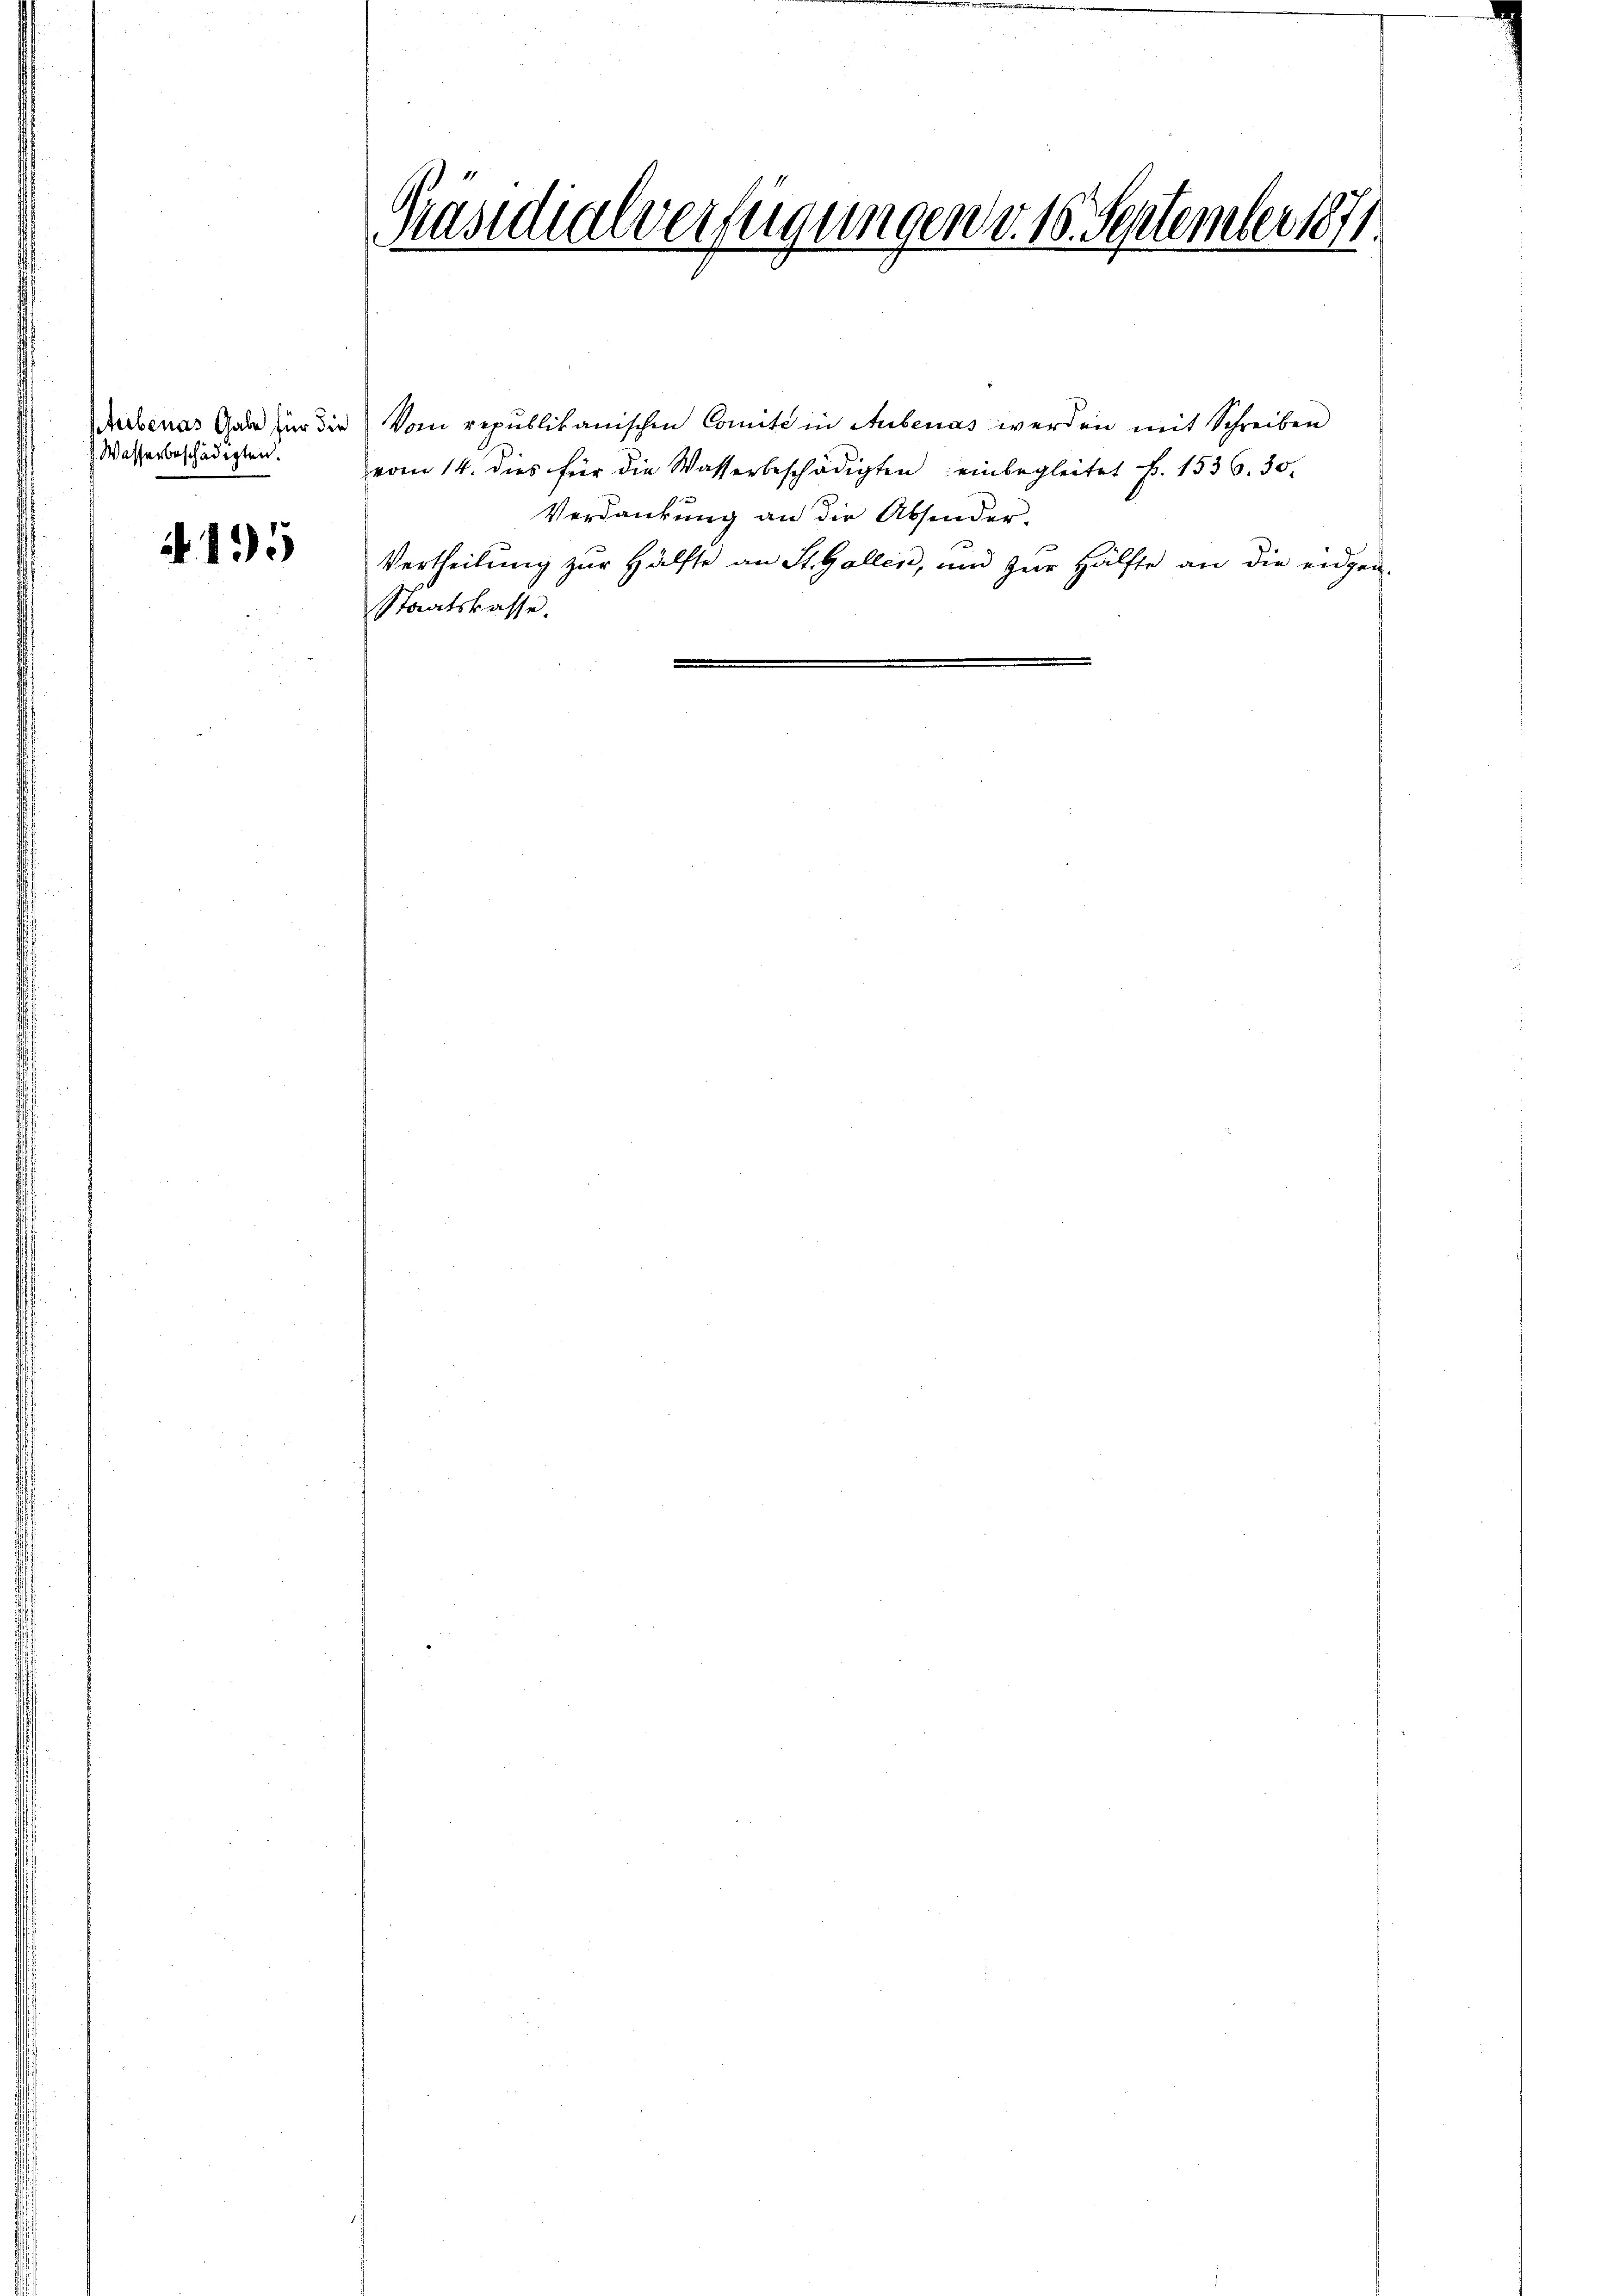
Rubenas Gabe für die
Wasserbeschädigten.

4195

nasialen verfügungen v. 16. Serember sof
1
2
.
E
6

Vom republikanischen Comité in Aubenas werden mit Schreiben
vom 14. dies für die Wasserbeschädigten einbegleitet k. 1536. 30.
Verdankung an die Absonder-
Vertheilung zur Hälfte an St. Gallen, und zur Hälfte an die eidgen-
Staatskasse.